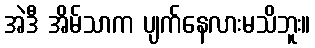
အဲဒီ အိမ်သာက ပျက်နေလားမသိဘူး။